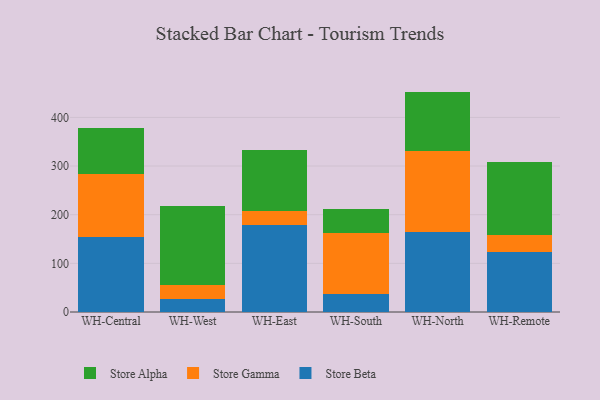
{"axis": {"x": "Warehouse", "y": "Customer Acquisition Cost (USD)"}, "legend": ["Store Alpha", "Store Beta", "Store Gamma"], "data": [{"x": "WH-Central", "y": 154.0, "type": "Store Beta"}, {"x": "WH-Central", "y": 129.2, "type": "Store Gamma"}, {"x": "WH-Central", "y": 96.0, "type": "Store Alpha"}, {"x": "WH-West", "y": 27.6, "type": "Store Beta"}, {"x": "WH-West", "y": 28.4, "type": "Store Gamma"}, {"x": "WH-West", "y": 162.6, "type": "Store Alpha"}, {"x": "WH-East", "y": 178.5, "type": "Store Beta"}, {"x": "WH-East", "y": 30.0, "type": "Store Gamma"}, {"x": "WH-East", "y": 124.4, "type": "Store Alpha"}, {"x": "WH-South", "y": 37.7, "type": "Store Beta"}, {"x": "WH-South", "y": 125.1, "type": "Store Gamma"}, {"x": "WH-South", "y": 49.9, "type": "Store Alpha"}, {"x": "WH-North", "y": 165.2, "type": "Store Beta"}, {"x": "WH-North", "y": 165.2, "type": "Store Gamma"}, {"x": "WH-North", "y": 122.6, "type": "Store Alpha"}, {"x": "WH-Remote", "y": 123.2, "type": "Store Beta"}, {"x": "WH-Remote", "y": 34.2, "type": "Store Gamma"}, {"x": "WH-Remote", "y": 150.0, "type": "Store Alpha"}]}